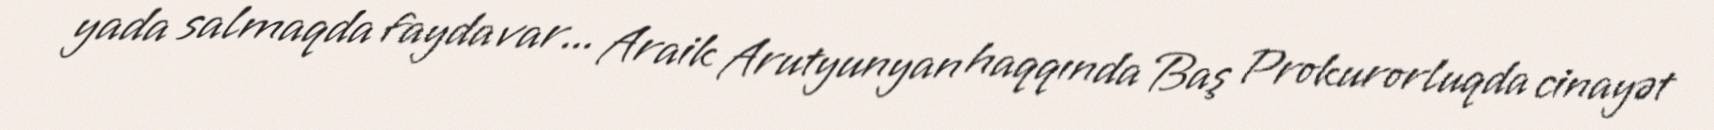
yada salmaqda fayda var... Araik Arutyunyan haqqında Baş Prokurorluqda cinayət